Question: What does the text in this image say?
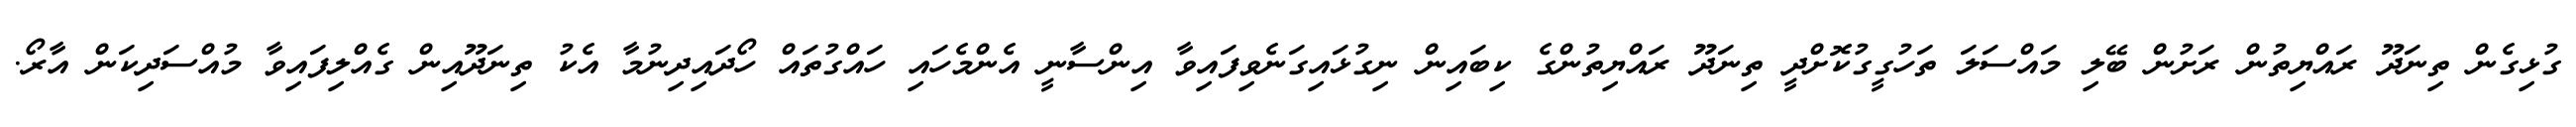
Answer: ގުޅިގެން ތިނަދޫ ރައްޔިތުން ރަށުން ބޭލި މައްސަލަ ތަހުގީގުކޮށްދީ ތިނަދޫ ރައްޔިތުންގެ ކިބައިން ނިގުޅައިގަނެވިފައިވާ އިންސާނީ އެންމެހައި ހައްގުތައް ހޯދައިދިނުމާ އެކު ތިނަދޫއިން ގެއްލިފައިވާ މުއްސަދިކަން އާރޯ.